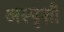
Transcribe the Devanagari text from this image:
अस्पृशी